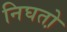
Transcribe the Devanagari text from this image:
निघतो़